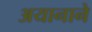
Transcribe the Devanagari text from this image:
अयानाने